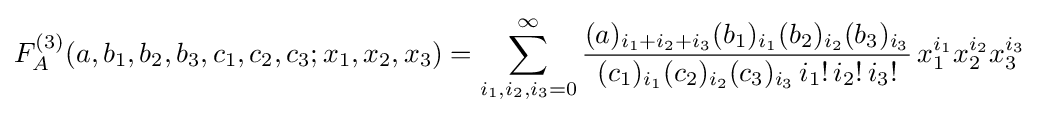
F_{A}^{(3)}(a,b_{1},b_{2},b_{3},c_{1},c_{2},c_{3};x_{1},x_{2},x_{3})=\sum _{i_{1},i_{2},i_{3}=0}^{\infty }{\frac {(a)_{i_{1}+i_{2}+i_{3}}(b_{1})_{i_{1}}(b_{2})_{i_{2}}(b_{3})_{i_{3}}}{(c_{1})_{i_{1}}(c_{2})_{i_{2}}(c_{3})_{i_{3}}\,i_{1}!\,i_{2}!\,i_{3}!}}\,x_{1}^{i_{1}}x_{2}^{i_{2}}x_{3}^{i_{3}}